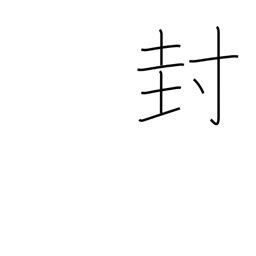
Meaning: closing